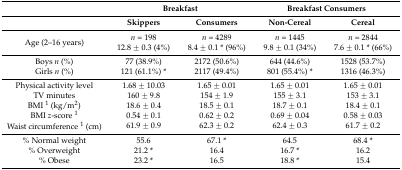
|  | <COLSPAN=2> Breakfast | <COLSPAN=2> Breakfast Consumers |
 |  | Skippers | Consumers | Non-Cereal | Cereal |
 | --- | --- | --- | --- | --- |
 | Age (2–16 years) | n = 198 12.8 ± 0.3 (4%) | n = 4289 8.4 ± 0.1 * (96%) | n = 1445 9.8 ± 0.1 (34%) | n = 2844 7.6 ± 0.1 * (66%) |
 | Boys n (%) | 77 (38.9%) | 2172 (50.6%) | 644 (44.6%) | 1528 (53.7%) |
 | Girls n (%) | 121 (61.1%) * | 2117 (49.4%) | 801 (55.4%) * | 1316 (46.3%) |
 | Physical activity level | 1.68 ± 10.03 | 1.65 ± 0.01 | 1.65 ± 0.01 | 1.65 ± 0.01 |
 | TV minutes | 160 ± 9.8 | 154 ± 1.9 | 155 ± 3.1 | 153 ± 3.1 |
 | BMI 1 (kg/m2) | 18.6 ± 0.4 | 18.5 ± 0.1 | 18.7 ± 0.1 | 18.4 ± 0.1 |
 | BMI z-score 1 | 0.54 ± 0.1 | 0.62 ± 0.2 | 0.69 ± 0.04 | 0.58 ± 0.03 |
 | Waist circumference 1 (cm) | 61.9 ± 0.9 | 62.3 ± 0.2 | 62.4 ± 0.3 | 61.7 ± 0.2 |
 | % Normal weight | 55.6 | 67.1 * | 64.5 | 68.4 * |
 | % Overweight | 21.2 * | 16.4 | 16.7 * | 16.2 |
 | % Obese | 23.2 * | 16.5 | 18.8 * | 15.4 |